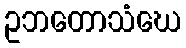
ဥဘတောသံဃေ